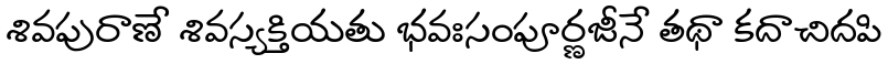
శివపురాణే శివస్యక్తియతు భవఃసంపూర్ణజీనే తథా కదాచిదపి